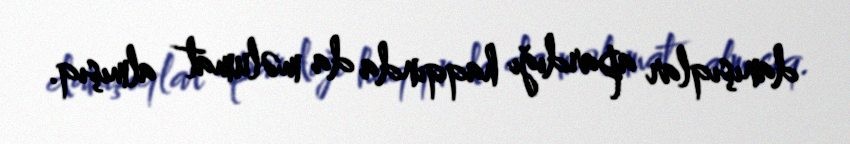
danışıqlar apardığı haqqında da məlumat almışıq.